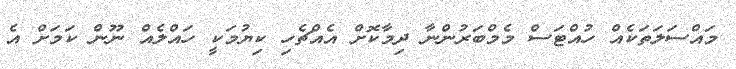
މައްސަލަތަކެއް ހުއްޓަސް މެމްބަރުންނާ ދިމާކޮށް އެއްޗެހި ކިޔުމަކީ ހައްލެއް ނޫން ކަމަށް އެ